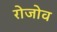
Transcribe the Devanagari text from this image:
रोजोव